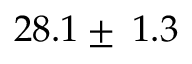
2 8 . 1 \pm \: 1 . 3